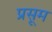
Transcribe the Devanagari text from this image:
प्रसूम